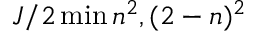
J / 2 \operatorname* { m i n } { n ^ { 2 } , ( 2 - n ) ^ { 2 } }